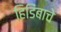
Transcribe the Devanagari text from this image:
हिडिंबाचे